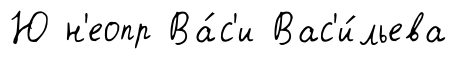
Ю н'еопр Ва́с'и Вас'и́льева